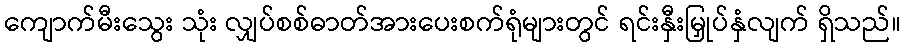
ကျောက်မီးသွေး သုံး လျှပ်စစ်ဓာတ်အားပေးစက်ရုံများတွင် ရင်းနှီးမြှုပ်နှံလျက် ရှိသည်။